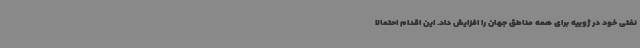
نفتی خود در ژوییه برای همه مناطق جهان را افزایش داد. این اقدام احتمالا